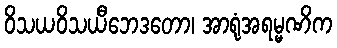
ဝိသယဝိသယီဘေဒတော၊ အာရုံအရမ္မဏိက